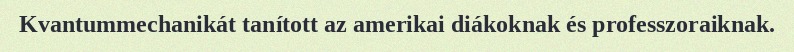
Kvantummechanikát tanított az amerikai diákoknak és professzoraiknak.